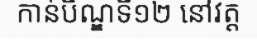
កាន់បិណ្ឌទី១២ នៅវត្ត